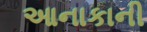
આનાકાની